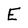
Character: E